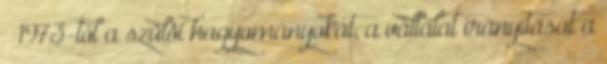
— 1973-tól a szülôi hagyományokat, a vállalat irányítását a